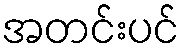
အတင်းပင်